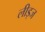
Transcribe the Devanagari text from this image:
लीड्ज